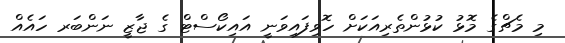
މި މެޗްގެ މޮޅު ކުޅުންތެރިއަކަށް ހޮވިފައިވަނީ އައިކޯސްޓް ގެ ޖާޒީ ނަންބަރ ހައެއް